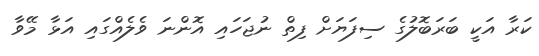
ކަރާ އަކީ ބަރަބޮލުގެ ސިފަޔަށް ފިތް ނުޖަހައި އޮންނަ ވެލެއްގައި އަޅާ މޭވާ